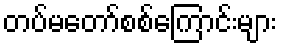
တပ်မတော်စစ်ကြောင်းများ